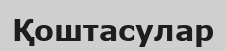
Қоштасулар